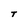
Character: t